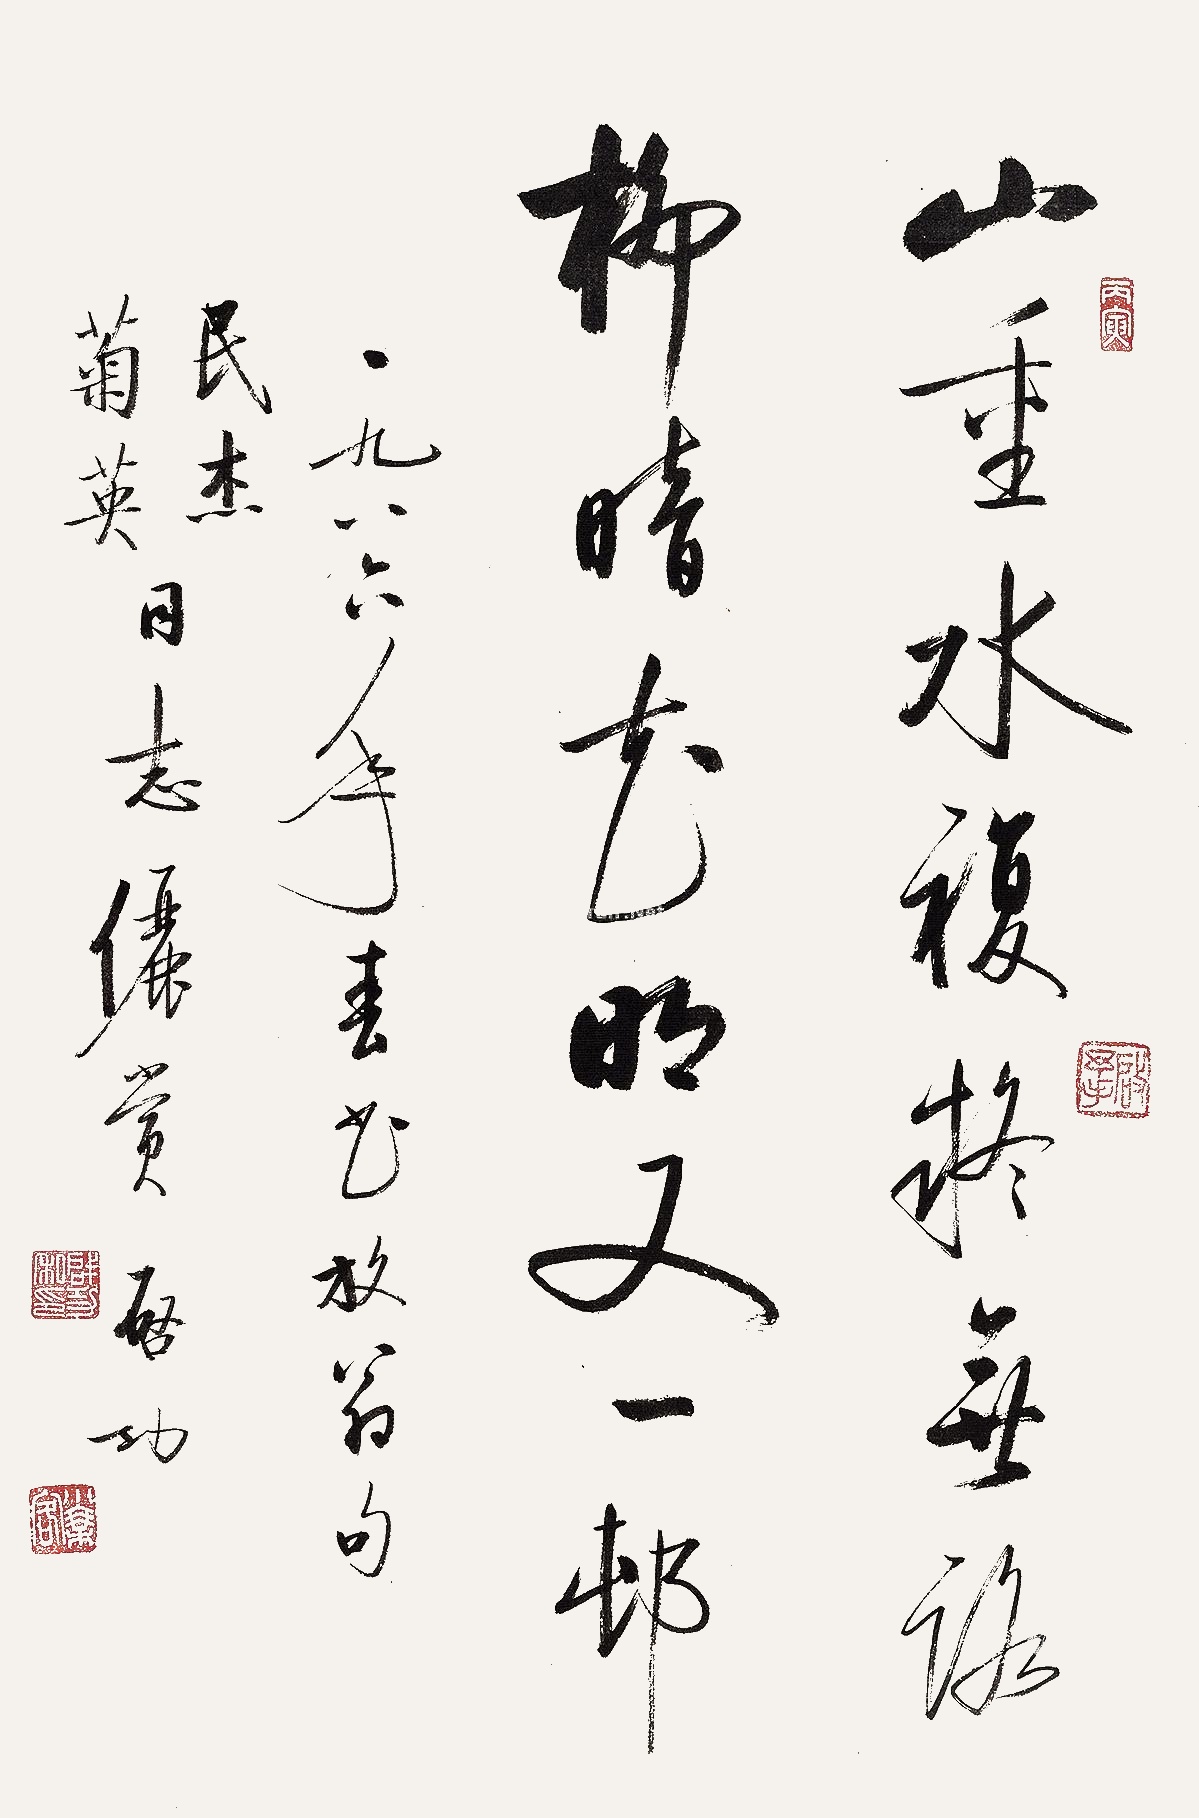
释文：山重水复疑无路，柳暗花明又一村。一九八六年春书放翁句。民杰、菊英同志俪赏，启功。